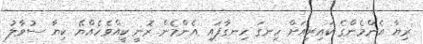
ރިޔާ އެންމެންގެ ކައިރިއަށް ހިނގަ ހިނގާފައި އެންމެން ރޮނީ ކީއްވެހެއްޔޭ ކިޔާ ސުވާލު